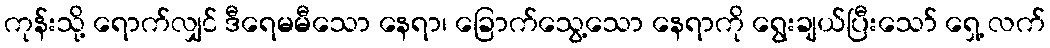
ကုန်းသို့ ရောက်လျှင် ဒီရေမမီသော နေရာ၊ ခြောက်သွေ့သော နေရာကို ရွေးချယ်ပြီးသော် ရှေ့ လက်